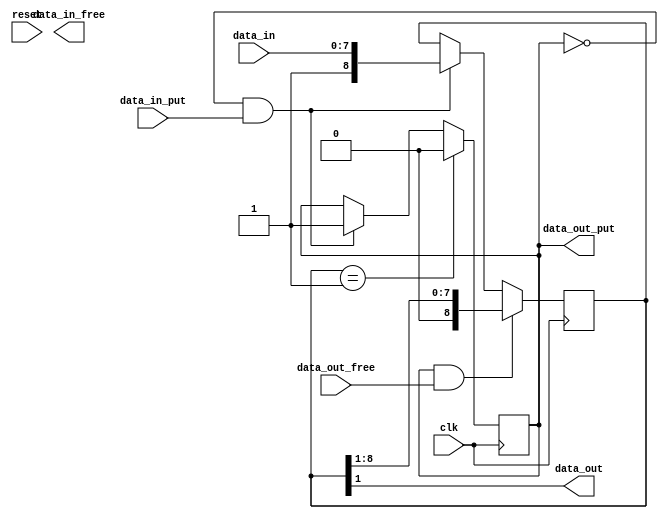
// This program was cloned from: https://github.com/davidthings/spokefpga
// License: Apache License 2.0

module width_adapter #(
  parameter [31:0] INPUT_WIDTH = 8,
  parameter [31:0] OUTPUT_WIDTH = 1
) (
  input clk,
  input reset,

  input data_in_put,
  output data_in_free,
  input [INPUT_WIDTH-1:0] data_in,

  output data_out_put,
  input data_out_free,
  output [OUTPUT_WIDTH-1:0] data_out
);

  generate
    if (INPUT_WIDTH > OUTPUT_WIDTH) begin
      // wide to narrow conversion
      reg [INPUT_WIDTH:0] data_in_q;
      reg has_data;

      always @(posedge clk) begin
        if (!has_data && data_in_put) begin
          data_in_q <= {1'b1, data_in};
          has_data <= 1;
        end

        if (has_data && data_out_free) begin
          data_in_q <= data_in_q >> OUTPUT_WIDTH;
        end

        if (data_in_q == 1'b1) begin
          has_data <= 0;
        end
      end

      assign data_out = data_in_q[OUTPUT_WIDTH:1];
      assign data_out_put = has_data;


    end else if (INPUT_WIDTH < OUTPUT_WIDTH) begin
      // narrow to wide conversion


    end else begin
      assign data_in_free = data_out_free;
      assign data_out_put = data_in_put;
      assign data_out = data_in;
    end
  endgenerate

endmodule